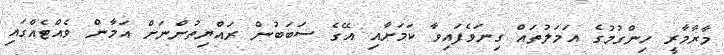
މާރާމާރީ ހިންގުމުގެ އަމަލުތައް ގިނަވެފައިވާ ކަމަށާއި އޭގެ ސަބަބުން ރައްޔިތުންނަށް އަމާން ވެއްޓެއްގައި